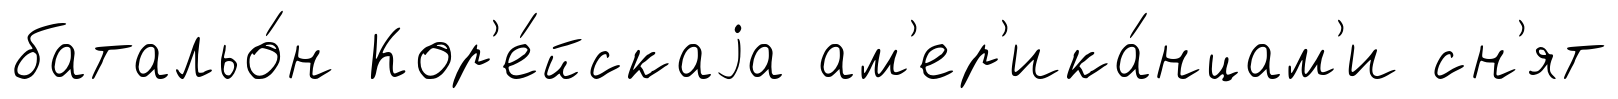
батальо́н Кор'е́йскаjа ам'ер'ика́нцам'и сн'ят